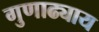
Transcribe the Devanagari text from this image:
गुणाढ्याय